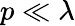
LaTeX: p\ll\lambda